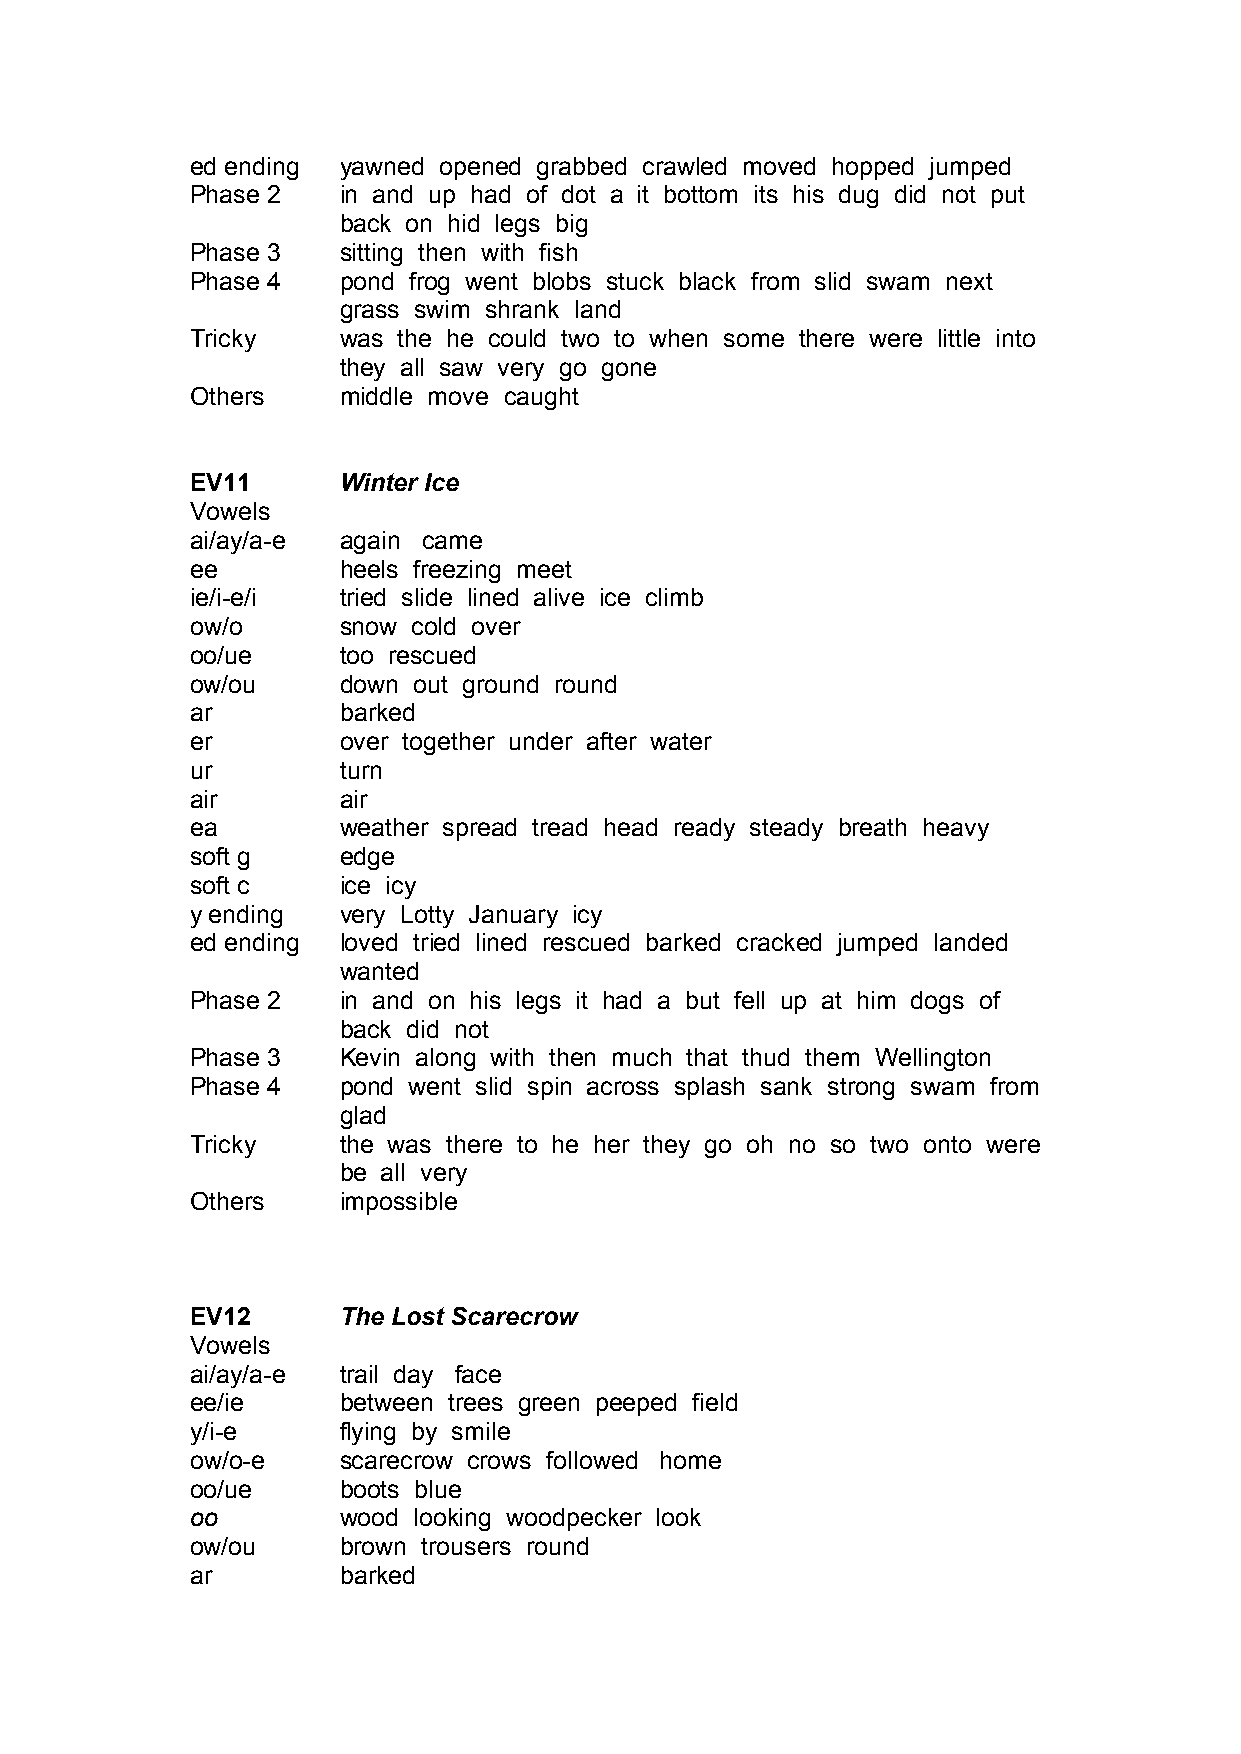
ed ending yawned opened grabbed crawled moved hopped jumped
 Phase 2  in and up had of dot a it bottom its his dug did not put
 back on hid legs big
 Phase 3  sitting then with fish
 Phase 4  pond frog went blobs stuck black from slid swam next
 grass swim shrank land
 Tricky   was the he could two to when some there were little into
 they all saw very go gone
 Others   middle move caught
 EV11     Winter Ice
 Vowels
 ai/ay/a-e again came
 ee       heels freezing meet
 ie/i-e/i tried slide lined alive ice climb
 ow/o     snow cold over
 oo/ue    too rescued
 ow/ou    down out ground round
 ar       barked
 er       over together under after water
 ur       turn
 air      air
 ea       weather spread tread head ready steady breath heavy
 soft g   edge
 soft c   ice icy
 y ending very Lotty January icy
 ed ending loved tried lined rescued barked cracked jumped landed
 wanted
 Phase 2  in and on his legs it had a but fell up at him dogs of
 back did not
 Phase 3  Kevin along with then much that thud them Wellington
 Phase 4  pond went slid spin across splash sank strong swam from
 glad
 Tricky   the was there to he her they go oh no so two onto were
 be all very
 Others   impossible
 EV12     The Lost Scarecrow
 Vowels
 ai/ay/a-e trail day face
 ee/ie    between trees green peeped field
 y/i-e    flying by smile
 ow/o-e   scarecrow crows followed home
 oo/ue    boots blue
 oo       wood looking woodpecker look
 ow/ou    brown trousers round
 ar       barked